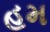
હમ